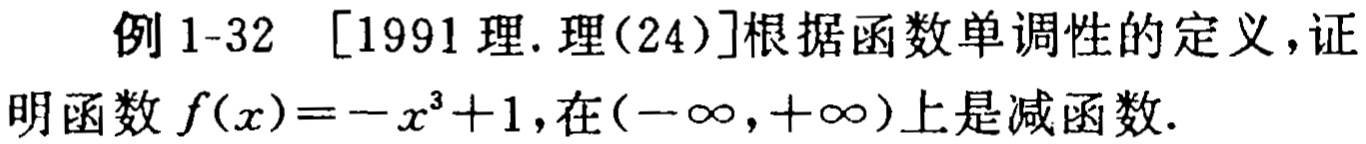
例 1-32 [1991 理.理(24)]根据函数单调性的定义，证明函数 \(f(x)=-x^{3}+1\)，在\((-\infty,+\infty)\)上是减函数.